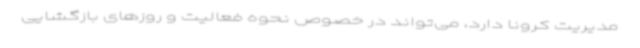
مدیریت کرونا دارد، می‌تواند در خصوص نحوه فعالیت و روزهای بازگشایی